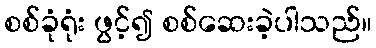
စစ်ခုံရုံး ဖွင့်၍ စစ်ဆေးခဲ့ပါသည်။